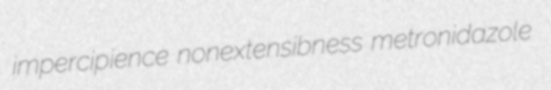
impercipience nonextensibness metronidazole